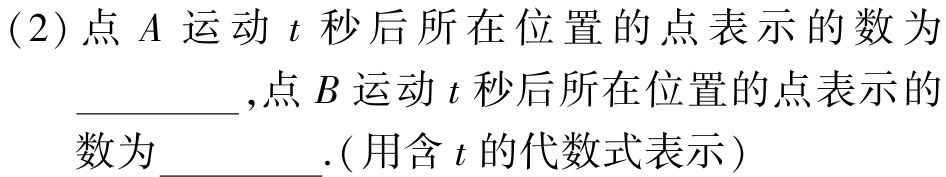
(2)点 \(A\) 运动 \(t\) 秒后所在位置的点表示的数为 ________，点 \(B\) 运动 \(t\) 秒后所在位置的点表示的数为 ________.(用含 \(t\) 的代数式表示)